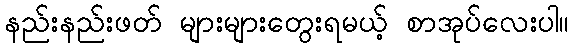
နည်းနည်းဖတ် များများတွေးရမယ့် စာအုပ်လေးပါ။